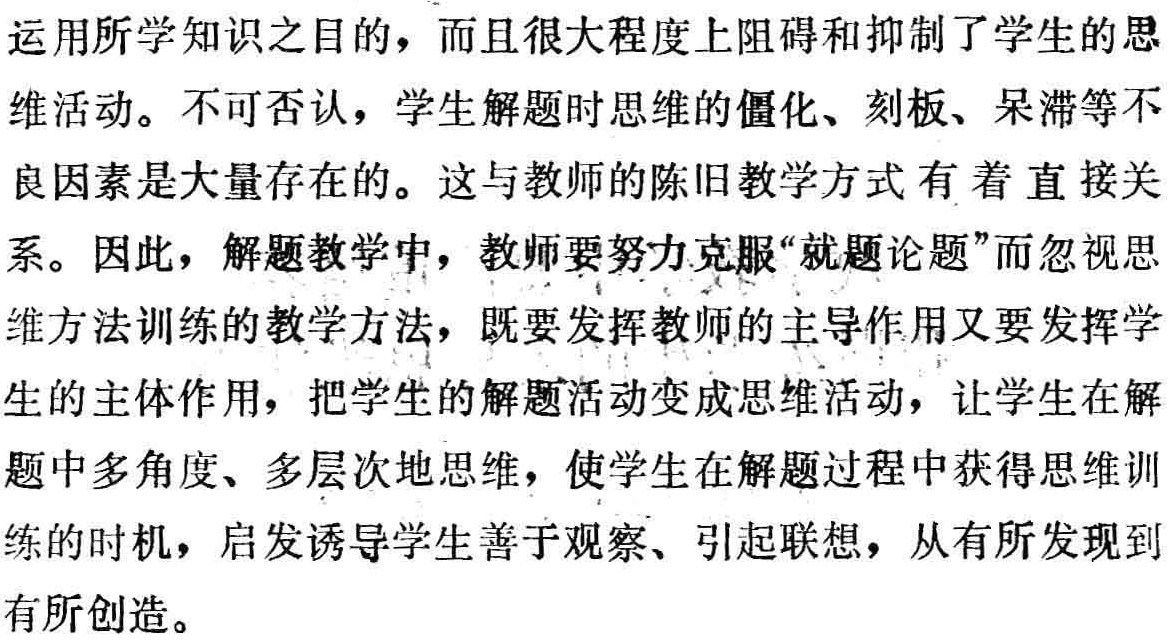
运用所学知识之目的，而且很大程度上阻碍和抑制了学生的思维活动。不可否认，学生解题时思维的僵化、刻板、呆滞等不良因素是大量存在的。这与教师的陈旧教学方式有着直接关系。因此，解题教学中，教师要努力克服“就题论题”而忽视思维方法训练的教学方法，既要发挥教师的主导作用又要发挥学生的主体作用，把学生的解题活动变成思维活动，让学生在解题中多角度、多层次地思维，使学生在解题过程中获得思维训练的时机，启发诱导学生善于观察、引起联想，从有所发现到有所创造。